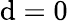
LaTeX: \mathrm{d}=0